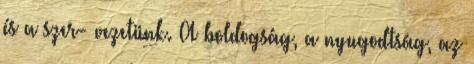
és a szer- vezetünk. A boldogság, a nyugodtság, az